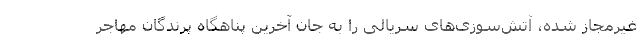
غیرمجاز شده، آتش‌سوزی‌های سریالی را به جان آخرین پناهگاه پرندگان مهاجر